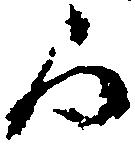
間